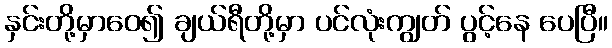
နှင်းတို့မှာဝေ၍ ချယ်ရီတို့မှာ ပင်လုံးကျွတ် ပွင့်နေ ပေပြီ။